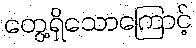
တွေ့ရှိသောကြောင့်